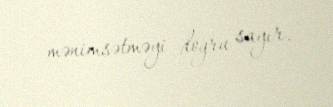
mənimsətməyi doğru sayır.